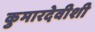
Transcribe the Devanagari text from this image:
कुमारदेवीशी